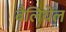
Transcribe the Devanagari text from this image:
बैलियेंल